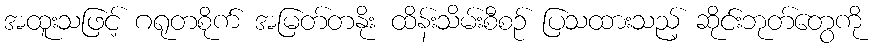
အထူးသဖြင့် ဂရုတစိုက် အမြတ်တနိုး ထိန်းသိမ်းစီစဉ် ပြသထားသည့် ဆိုင်းဘုတ်တွေကို